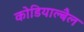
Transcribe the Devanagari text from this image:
कोडियाल्बैल